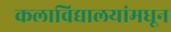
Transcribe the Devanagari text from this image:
कलाविद्यालयांमधून